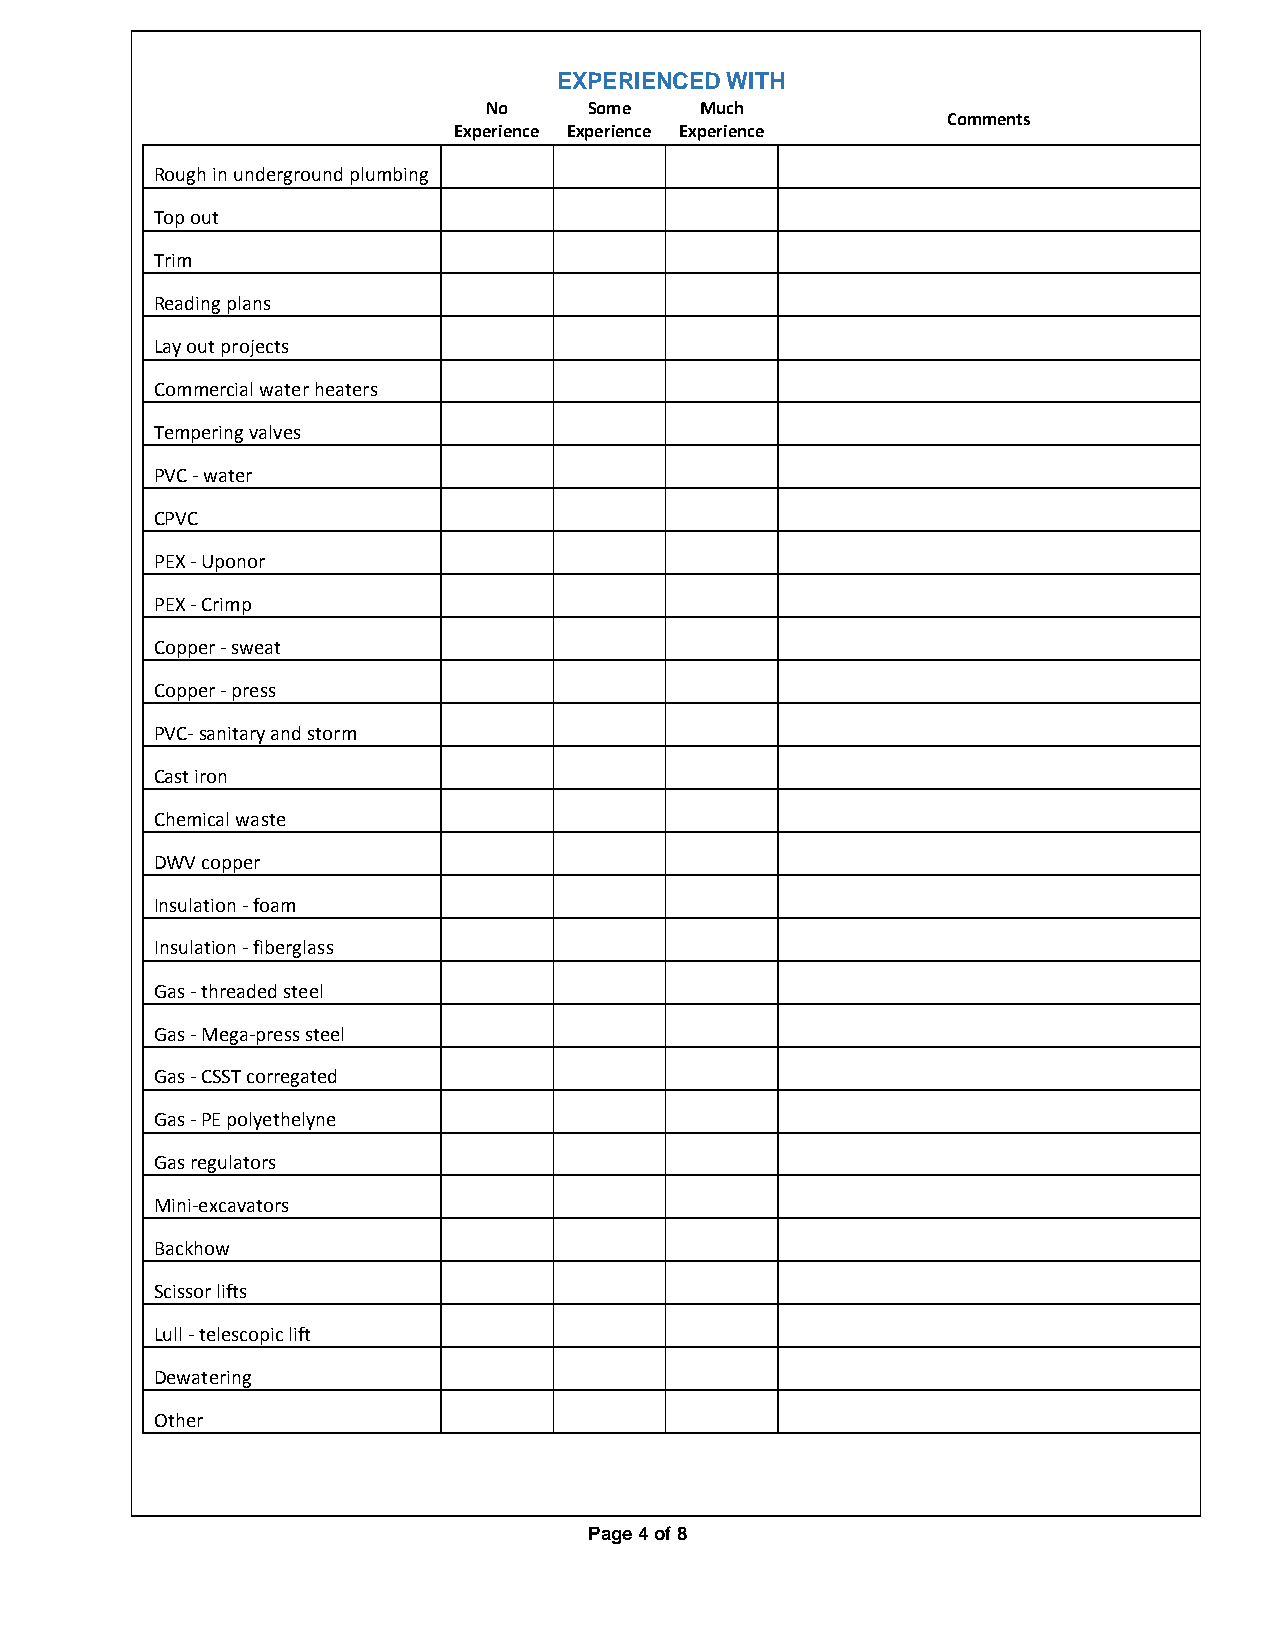
EXPERIENCED WITH
 No     Some   Much
 Comments
 Experience Experience Experience
 Rough in underground plumbing
 Top out
 Trim
 Reading plans
 Lay out projects
 Commercial water heaters
 Tempering valves
 PVC - water
 CPVC
 PEX - Uponor
 PEX - Crimp
 Copper - sweat
 Copper - press
 PVC- sanitary and storm
 Cast iron
 Chemical waste
 DWV copper
 Insulation - foam
 Insulation - fiberglass
 Gas - threaded steel
 Gas - Mega-press steel
 Gas - CSST corregated
 Gas - PE polyethelyne
 Gas regulators
 Mini-excavators
 Backhow
 Scissor lifts
 Lull - telescopic lift
 Dewatering
 Other
 Page 4 of 8